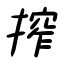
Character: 搾